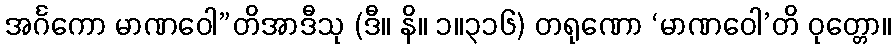
အင်္ဂကော မာဏဝေါ”တိအာဒီသု (ဒီ။ နိ။ ၁။၃၁၆) တရုဏော ‘မာဏဝေါ’တိ ဝုတ္တော။